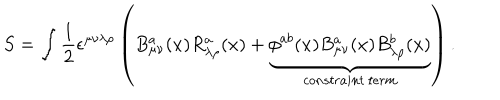
LaTeX: S = \int \frac { 1 } { 2 } \epsilon ^ { \mu \nu \lambda \rho } \left( B _ { \mu \nu } ^ { a } ( x ) R _ { \lambda \rho } ^ { a } ( x ) + \underbrace { \phi ^ { a b } ( x ) B _ { \mu \nu } ^ { a } ( x ) B _ { \lambda \rho } ^ { b } ( x ) } _ { c o n s t r a i n t \: t e r m } \right) .